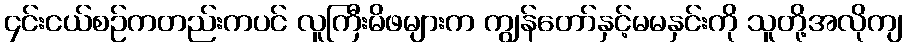
၄င်းငယ်စဉ်ကတည်းကပင် လူကြီးမိဖများက ကျွန်တော်နှင့်မမနှင်းကို သူတို့အလိုကျ